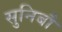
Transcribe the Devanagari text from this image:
सुनिबौ